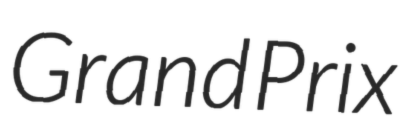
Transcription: Grand Prix